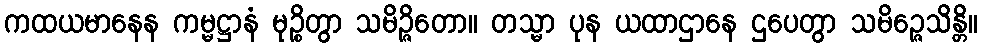
ကထယမာနေန ကမ္မဋ္ဌာနံ မုဉ္စိတွာ သမိဉ္ဇိတော။ တသ္မာ ပုန ယထာဌာနေ ဌပေတွာ သမိဉ္ဇေသိန္တိ။